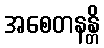
အစေတနန္တိ